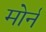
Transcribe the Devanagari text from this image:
मोर्न